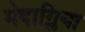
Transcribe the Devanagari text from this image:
मेदाग्लिया